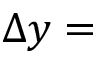
\Delta y =